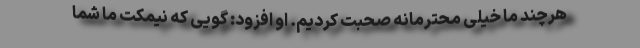
هرچند ما خیلی محترمانه صحبت کردیم. او افزود: گویی که نیمکت ما شما